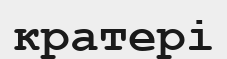
кратері